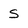
Character: S